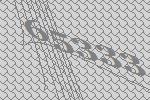
65333